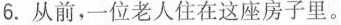
6.从前,一位老人住在这座房子里。